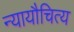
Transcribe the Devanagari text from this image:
न्यायौचित्य